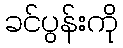
ခင်ပွန်းကို